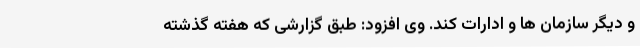
و دیگر سازمان ها و ادارات کند. وی افزود: طبق گزارشی که هفته گذشته